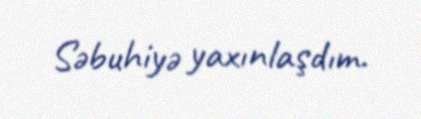
Səbuhiyə yaxınlaşdım.